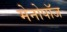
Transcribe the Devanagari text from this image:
मेनोपॉज